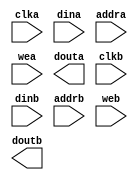
module instructionmem64(
	clka,
	dina,
	addra,
	wea,
	douta,
	clkb,
	dinb,
	addrb,
	web,
	doutb);


input clka;
input [31 : 0] dina;
input [11 : 0] addra;
input [0 : 0] wea;
output [31 : 0] douta;
input clkb;
input [31 : 0] dinb;
input [11 : 0] addrb;
input [0 : 0] web;
output [31 : 0] doutb;

// synthesis translate_off

      BLK_MEM_GEN_V2_7 #(
		.C_ADDRA_WIDTH(12),
		.C_ADDRB_WIDTH(12),
		.C_ALGORITHM(1),
		.C_BYTE_SIZE(9),
		.C_COMMON_CLK(1),
		.C_DEFAULT_DATA("0"),
		.C_DISABLE_WARN_BHV_COLL(0),
		.C_DISABLE_WARN_BHV_RANGE(0),
		.C_FAMILY("virtex2p"),
		.C_HAS_ENA(0),
		.C_HAS_ENB(0),
		.C_HAS_MEM_OUTPUT_REGS_A(0),
		.C_HAS_MEM_OUTPUT_REGS_B(0),
		.C_HAS_MUX_OUTPUT_REGS_A(0),
		.C_HAS_MUX_OUTPUT_REGS_B(0),
		.C_HAS_REGCEA(0),
		.C_HAS_REGCEB(0),
		.C_HAS_SSRA(0),
		.C_HAS_SSRB(0),
		.C_INIT_FILE_NAME("instructionmem64.mif"),
		.C_LOAD_INIT_FILE(1),
		.C_MEM_TYPE(2),
		.C_MUX_PIPELINE_STAGES(0),
		.C_PRIM_TYPE(1),
		.C_READ_DEPTH_A(4096),
		.C_READ_DEPTH_B(4096),
		.C_READ_WIDTH_A(32),
		.C_READ_WIDTH_B(32),
		.C_SIM_COLLISION_CHECK("ALL"),
		.C_SINITA_VAL("0"),
		.C_SINITB_VAL("0"),
		.C_USE_BYTE_WEA(0),
		.C_USE_BYTE_WEB(0),
		.C_USE_DEFAULT_DATA(1),
		.C_USE_ECC(0),
		.C_USE_RAMB16BWER_RST_BHV(0),
		.C_WEA_WIDTH(1),
		.C_WEB_WIDTH(1),
		.C_WRITE_DEPTH_A(4096),
		.C_WRITE_DEPTH_B(4096),
		.C_WRITE_MODE_A("READ_FIRST"),
		.C_WRITE_MODE_B("READ_FIRST"),
		.C_WRITE_WIDTH_A(32),
		.C_WRITE_WIDTH_B(32),
		.C_XDEVICEFAMILY("virtex2p"))
	inst (
		.CLKA(clka),
		.DINA(dina),
		.ADDRA(addra),
		.WEA(wea),
		.DOUTA(douta),
		.CLKB(clkb),
		.DINB(dinb),
		.ADDRB(addrb),
		.WEB(web),
		.DOUTB(doutb),
		.ENA(),
		.REGCEA(),
		.SSRA(),
		.ENB(),
		.REGCEB(),
		.SSRB(),
		.DBITERR(),
		.SBITERR());


// synthesis translate_on

// XST black box declaration
// box_type "black_box"
// synthesis attribute box_type of instructionmem64 is "black_box"

endmodule